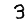
Digit: 3